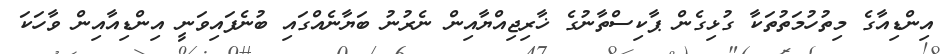
އިންޑިއާގެ މިތުހުމަތުތަކާ ގުޅިގެން ޕާކިސްތާނުގެ ޚާރިޖިއްޔާއިން ނެރުނު ބަޔާނެއްގައި ބުނެފައިވަނީ އިންޑިއާއިން ވާހަކަ